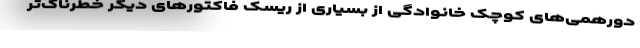
دورهمی‌های کوچک خانوادگی از بسیاری از ریسک فاکتورهای دیگر خطرناک‌تر